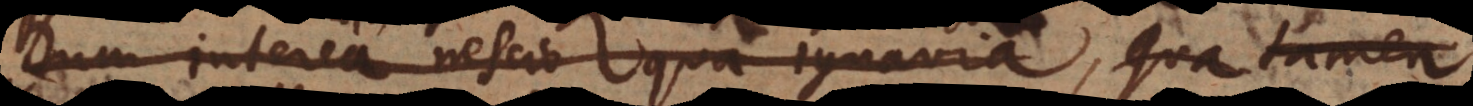
Dum interea nescio qua ignavia torpemus,